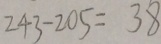
2 4 3 - 2 0 5 = 3 8